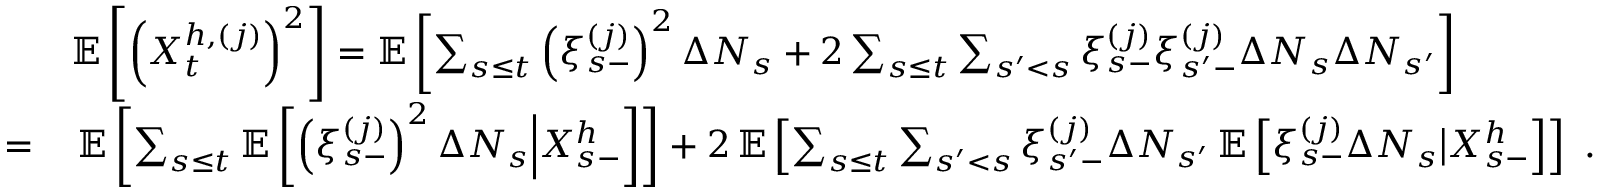
\begin{array} { r l } & { \mathbb { E } \left[ \left( X _ { t } ^ { h , ( j ) } \right) ^ { 2 } \right] = \mathbb { E } \left[ \sum _ { s \leq t } \left( \xi _ { s - } ^ { ( j ) } \right) ^ { 2 } \Delta N _ { s } + 2 \sum _ { s \leq t } \sum _ { s ^ { \prime } < s } \xi _ { s - } ^ { ( j ) } \xi _ { s ^ { \prime } - } ^ { ( j ) } \Delta N _ { s } \Delta N _ { s ^ { \prime } } \right] } \\ { = } & { \, \mathbb { E } \left[ \sum _ { s \leq t } \mathbb { E } \left[ \left( \xi _ { s - } ^ { ( j ) } \right) ^ { 2 } \Delta N _ { s } \Big \vert X _ { s - } ^ { h } \right] \right] + 2 \, \mathbb { E } \left[ \sum _ { s \leq t } \sum _ { s ^ { \prime } < s } \xi _ { s ^ { \prime } - } ^ { ( j ) } \Delta N _ { s ^ { \prime } } \, \mathbb { E } \left[ \xi _ { s - } ^ { ( j ) } \Delta N _ { s } \big \vert X _ { s - } ^ { h } \right] \right] \ . } \end{array}